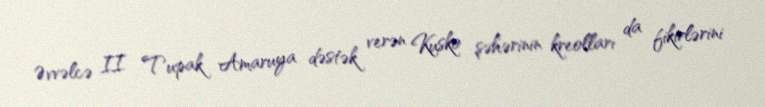
Əvvəlcə II Tupak Amaruya dəstək verən Kusko şəhərinin kreolları da fikirlərini